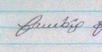
Signature authenticity: genuine